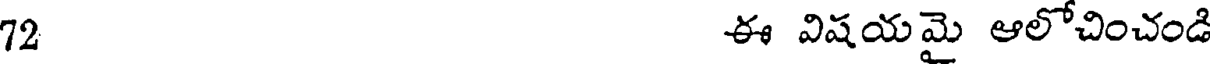
72 ఈ విషయమై ఆలోచించండి